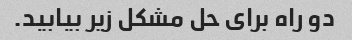
دو راه برای حل مشکل زیر بیابید.